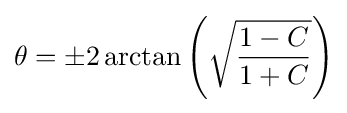
\theta =\pm 2\arctan \left({\sqrt {\frac {1-C}{1+C}}}\right)